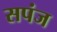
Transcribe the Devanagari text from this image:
सपंज